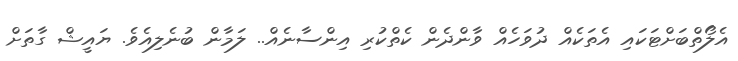
އެލޯތްބަށްޓަކައި އެތަކެއް ދުވަހެއް ވާންދެން ކެތްކުރި އިންސާނެއް.. ލަމާން ބުނެލިއެވެ. ޔައީޝް ގާތަށް